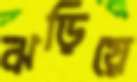
ঝড়িয়ে